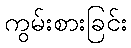
ကွမ်းစားခြင်း